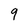
Character: 9